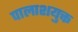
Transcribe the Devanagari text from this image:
पालाशयुक्त